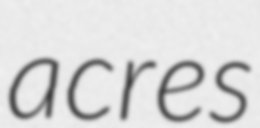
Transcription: acres